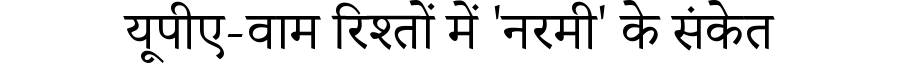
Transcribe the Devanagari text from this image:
यूपीए-वाम रिश्तों में 'नरमी' के संकेत